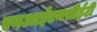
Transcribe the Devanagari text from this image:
एनआईएमसीईटी